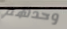
وحدهم